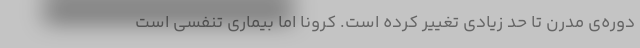
دوره‌ی مدرن تا حد زیادی تغییر کرده است. کرونا اما بیماری تنفسی است